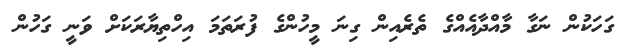
ގަހަކުން ނަގާ މާއްދާއެއްގެ ތެރެއިން ގިނަ މީހުންގެ ފުރަތަމަ އިހްތިޔާރަކަށް ވަނީ ގަހުން